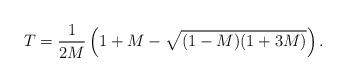
LaTeX: \begin{align*}T=\frac{1}{2M}\left(1+M-\sqrt{(1-M)(1+3M)}\right).\end{align*}